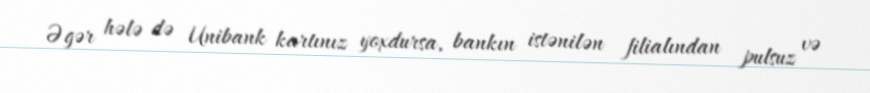
Əgər hələ də Unibank kartınız yoxdursa, bankın istənilən filialından pulsuz və